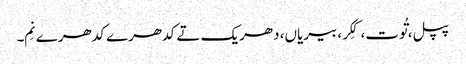
پپل، تُوت، کِکر، بیریاں، دھریک تے کدھرے کدھرے نِم۔